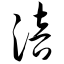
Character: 涪